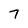
Character: 7